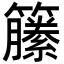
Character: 籘